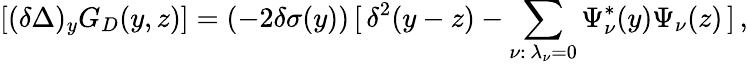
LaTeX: [(\delta\Delta)_{y}G_{D}(y,z)]=(-2\delta\sigma(y))\, [\, \delta^{2}(y-z)-\sum_{\nu:\, \lambda_{\nu}=0}\Psi_{\nu}^{*}(y)\Psi_{\nu}(z)\, ]\, ,